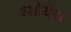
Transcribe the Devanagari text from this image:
अग्नेयेस